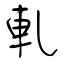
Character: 軋